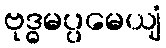
ဗုဒ္ဓမပ္ပမေယျံ